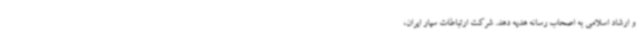
و ارشاد اسلامی به اصحاب رسانه هدیه دهد. شرکت ارتباطات سیار ایران،